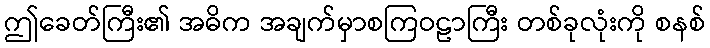
ဤခေတ်ကြီး၏ အဓိက အချက်မှာစကြဝဠာကြီး တစ်ခုလုံးကို စနစ်